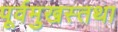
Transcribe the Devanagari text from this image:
पूर्वमुखस्तथा